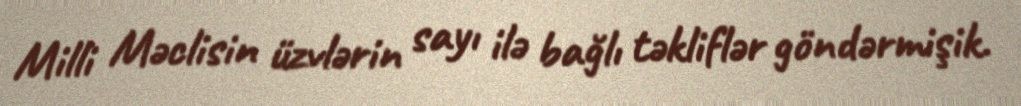
Milli Məclisin üzvlərin sayı ilə bağlı təkliflər göndərmişik.